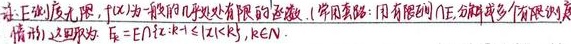
注 \(E\) 测度有限，\(f(x)\) 为一般几乎处处有限的函数. (常用套路：用有限的函数，分解成多个“有限块”的情形)，这时取 \(E_k = E\cap\{x:k - 1\leq|x|<k\}\)，\(k\in\mathbb{N}\).